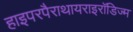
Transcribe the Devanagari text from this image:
हाइपरपैराथायराइरॉडिज्म